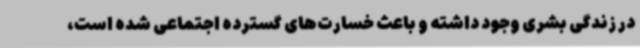
در زندگی بشری وجود داشته و باعث خسارت‌های گسترده اجتماعی شده است،